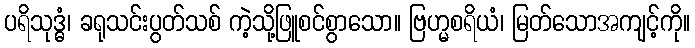
ပရိသုဒ္ဓံ၊ ခရုသင်းပွတ်သစ် ကဲ့သို့ဖြူစင်စွာသော။ ဗြဟ္မစရိယံ၊ မြတ်သောအကျင့်ကို။